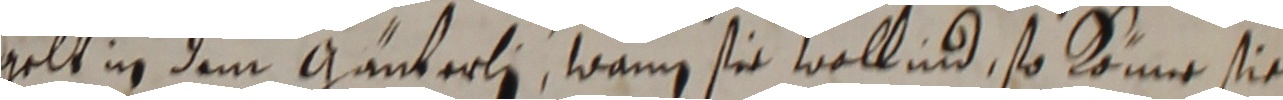
gelt in dem ganterli, wann sie wollind, so könne sie